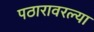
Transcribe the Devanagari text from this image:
पठारावरल्या